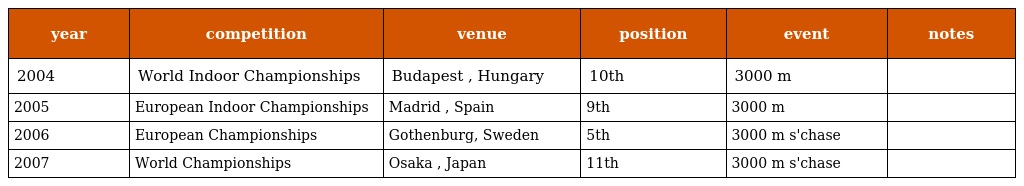
| year | competition | venue | position | event | notes |
 | --- | --- | --- | --- | --- | --- |
 | 2004 | World Indoor Championships | Budapest , Hungary | 10th | 3000 m |  |
 | 2005 | European Indoor Championships | Madrid , Spain | 9th | 3000 m |  |
 | 2006 | European Championships | Gothenburg, Sweden | 5th | 3000 m s'chase |  |
 | 2007 | World Championships | Osaka , Japan | 11th | 3000 m s'chase |  |